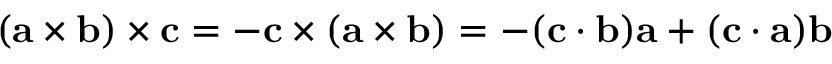
( \mathbf { a } \times \mathbf { b } ) \times \mathbf { c } = - \mathbf { c } \times ( \mathbf { a } \times \mathbf { b } ) = - ( \mathbf { c } \cdot \mathbf { b } ) \mathbf { a } + ( \mathbf { c } \cdot \mathbf { a } ) \mathbf { b }